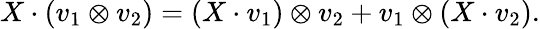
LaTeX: X\cdot(v_{1}\otimes v_{2})=(X\cdot v_{1})\otimes v_{2}+v_{1}\otimes(X\cdot v_{2}).